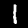
Label: 1